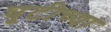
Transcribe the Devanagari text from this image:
घूटीच्या